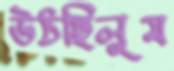
উঠছিলুম